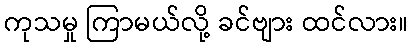
ကုသမှု ကြာမယ်လို့ ခင်ဗျား ထင်လား။